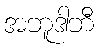
အဘူဒါဘီ